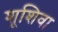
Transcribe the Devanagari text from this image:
शूशिवा